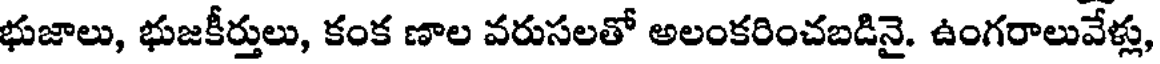
భుజాలు, భుజకీర్తులు, కంక ణాల వరుసలతో అలంకరించబడినై. ఉంగరాలువేళ్లు,